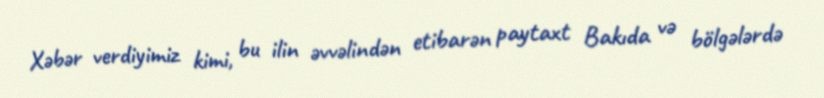
Xəbər verdiyimiz kimi, bu ilin əvvəlindən etibarən paytaxt Bakıda və bölgələrdə